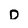
Character: D